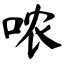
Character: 哝